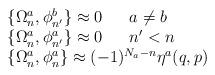
LaTeX: \begin{align*}\begin{array}{l}\{\Omega^a_n,\phi^b_{n'}\}\approx 0\ \ \ \ \ a \ne b \\\{\Omega^a_n,\phi^a_{n'}\}\approx 0\ \ \ \ \ n'<n \\\{\Omega^a_n,\phi^a_n\}\approx(-1)^{N_a-n}\eta^a(q,p)\end{array}\end{align*}